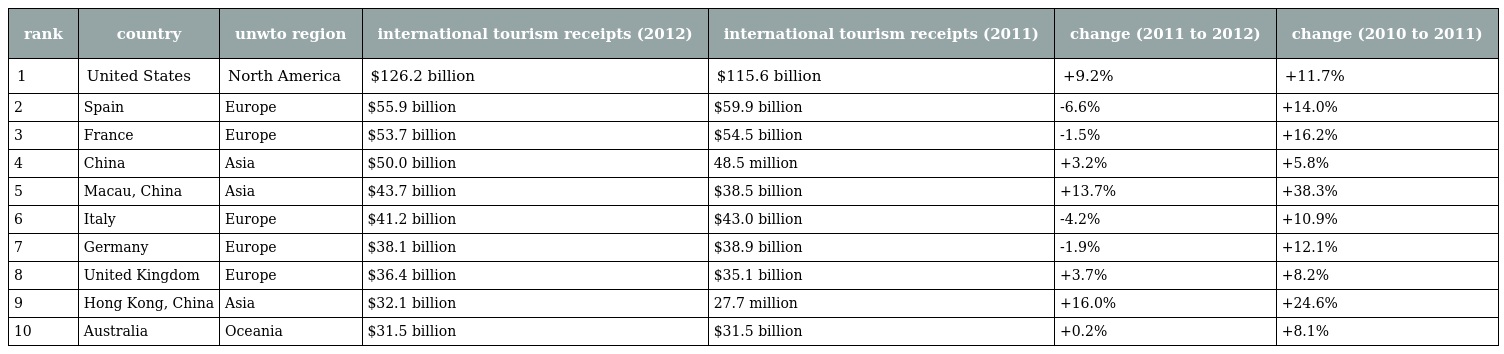
| rank | country | unwto region | international tourism receipts (2012) | international tourism receipts (2011) | change (2011 to 2012) | change (2010 to 2011) |
 | --- | --- | --- | --- | --- | --- | --- |
 | 1 | United States | North America | $126.2 billion | $115.6 billion | +9.2% | +11.7% |
 | 2 | Spain | Europe | $55.9 billion | $59.9 billion | -6.6% | +14.0% |
 | 3 | France | Europe | $53.7 billion | $54.5 billion | -1.5% | +16.2% |
 | 4 | China | Asia | $50.0 billion | 48.5 million | +3.2% | +5.8% |
 | 5 | Macau, China | Asia | $43.7 billion | $38.5 billion | +13.7% | +38.3% |
 | 6 | Italy | Europe | $41.2 billion | $43.0 billion | -4.2% | +10.9% |
 | 7 | Germany | Europe | $38.1 billion | $38.9 billion | -1.9% | +12.1% |
 | 8 | United Kingdom | Europe | $36.4 billion | $35.1 billion | +3.7% | +8.2% |
 | 9 | Hong Kong, China | Asia | $32.1 billion | 27.7 million | +16.0% | +24.6% |
 | 10 | Australia | Oceania | $31.5 billion | $31.5 billion | +0.2% | +8.1% |